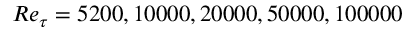
R e _ { \tau } = 5 2 0 0 , 1 0 0 0 0 , 2 0 0 0 0 , 5 0 0 0 0 , 1 0 0 0 0 0